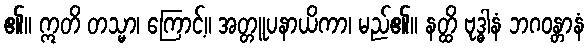
၏။ ဣတိ တသ္မာ၊ ကြောင့်။ အတ္တူပနာယိကာ၊ မည်၏။ နတ္ထိ ဗုဒ္ဓါနံ ဘဂဝန္တာနံ